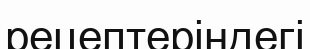
рецептеріндегі